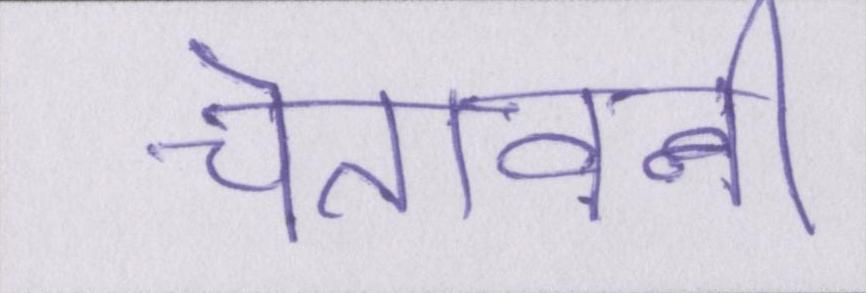
चेतावनी